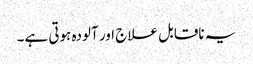
یہ ناقابل علاج اور آلودہ ہوتی ہے۔